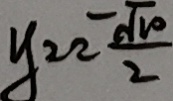
y = 2 \frac { \sqrt { 1 0 } } { 2 }